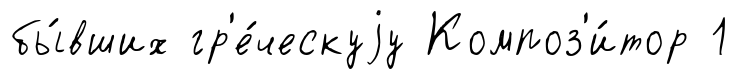
бы́вших гр'е́ческуjу Композ'и́тор 1